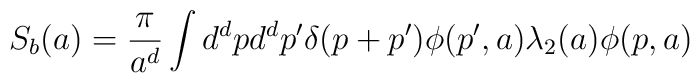
S_b(a)= \frac {\pi} {a^d} \int d^dp d^dp' \delta(p+p') \phi(p',a)\lambda_2(a) \phi(p,a)